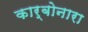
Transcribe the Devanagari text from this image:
कार्बोनारा